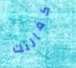
كفالتك